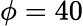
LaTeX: \phi=40